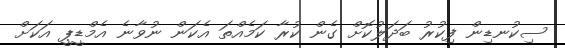
ސިކުނޑިން ފިކުރު ބަދަލުކޮށް ގެން ކުރާ ކަމެއްތަ އެކަން ނުވާނެ އެމްޑީޕީ އަކަށް